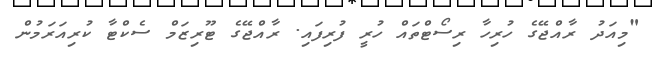
"މިއަދު ރާއްޖޭގެ ހުރިހާ ރިސޯޓްތައް ހުރީ ފުރިފައި. ރާއްޖޭގެ ޓޫރިޒަމް ސެކްޓާ ކުރިއަރަމުން